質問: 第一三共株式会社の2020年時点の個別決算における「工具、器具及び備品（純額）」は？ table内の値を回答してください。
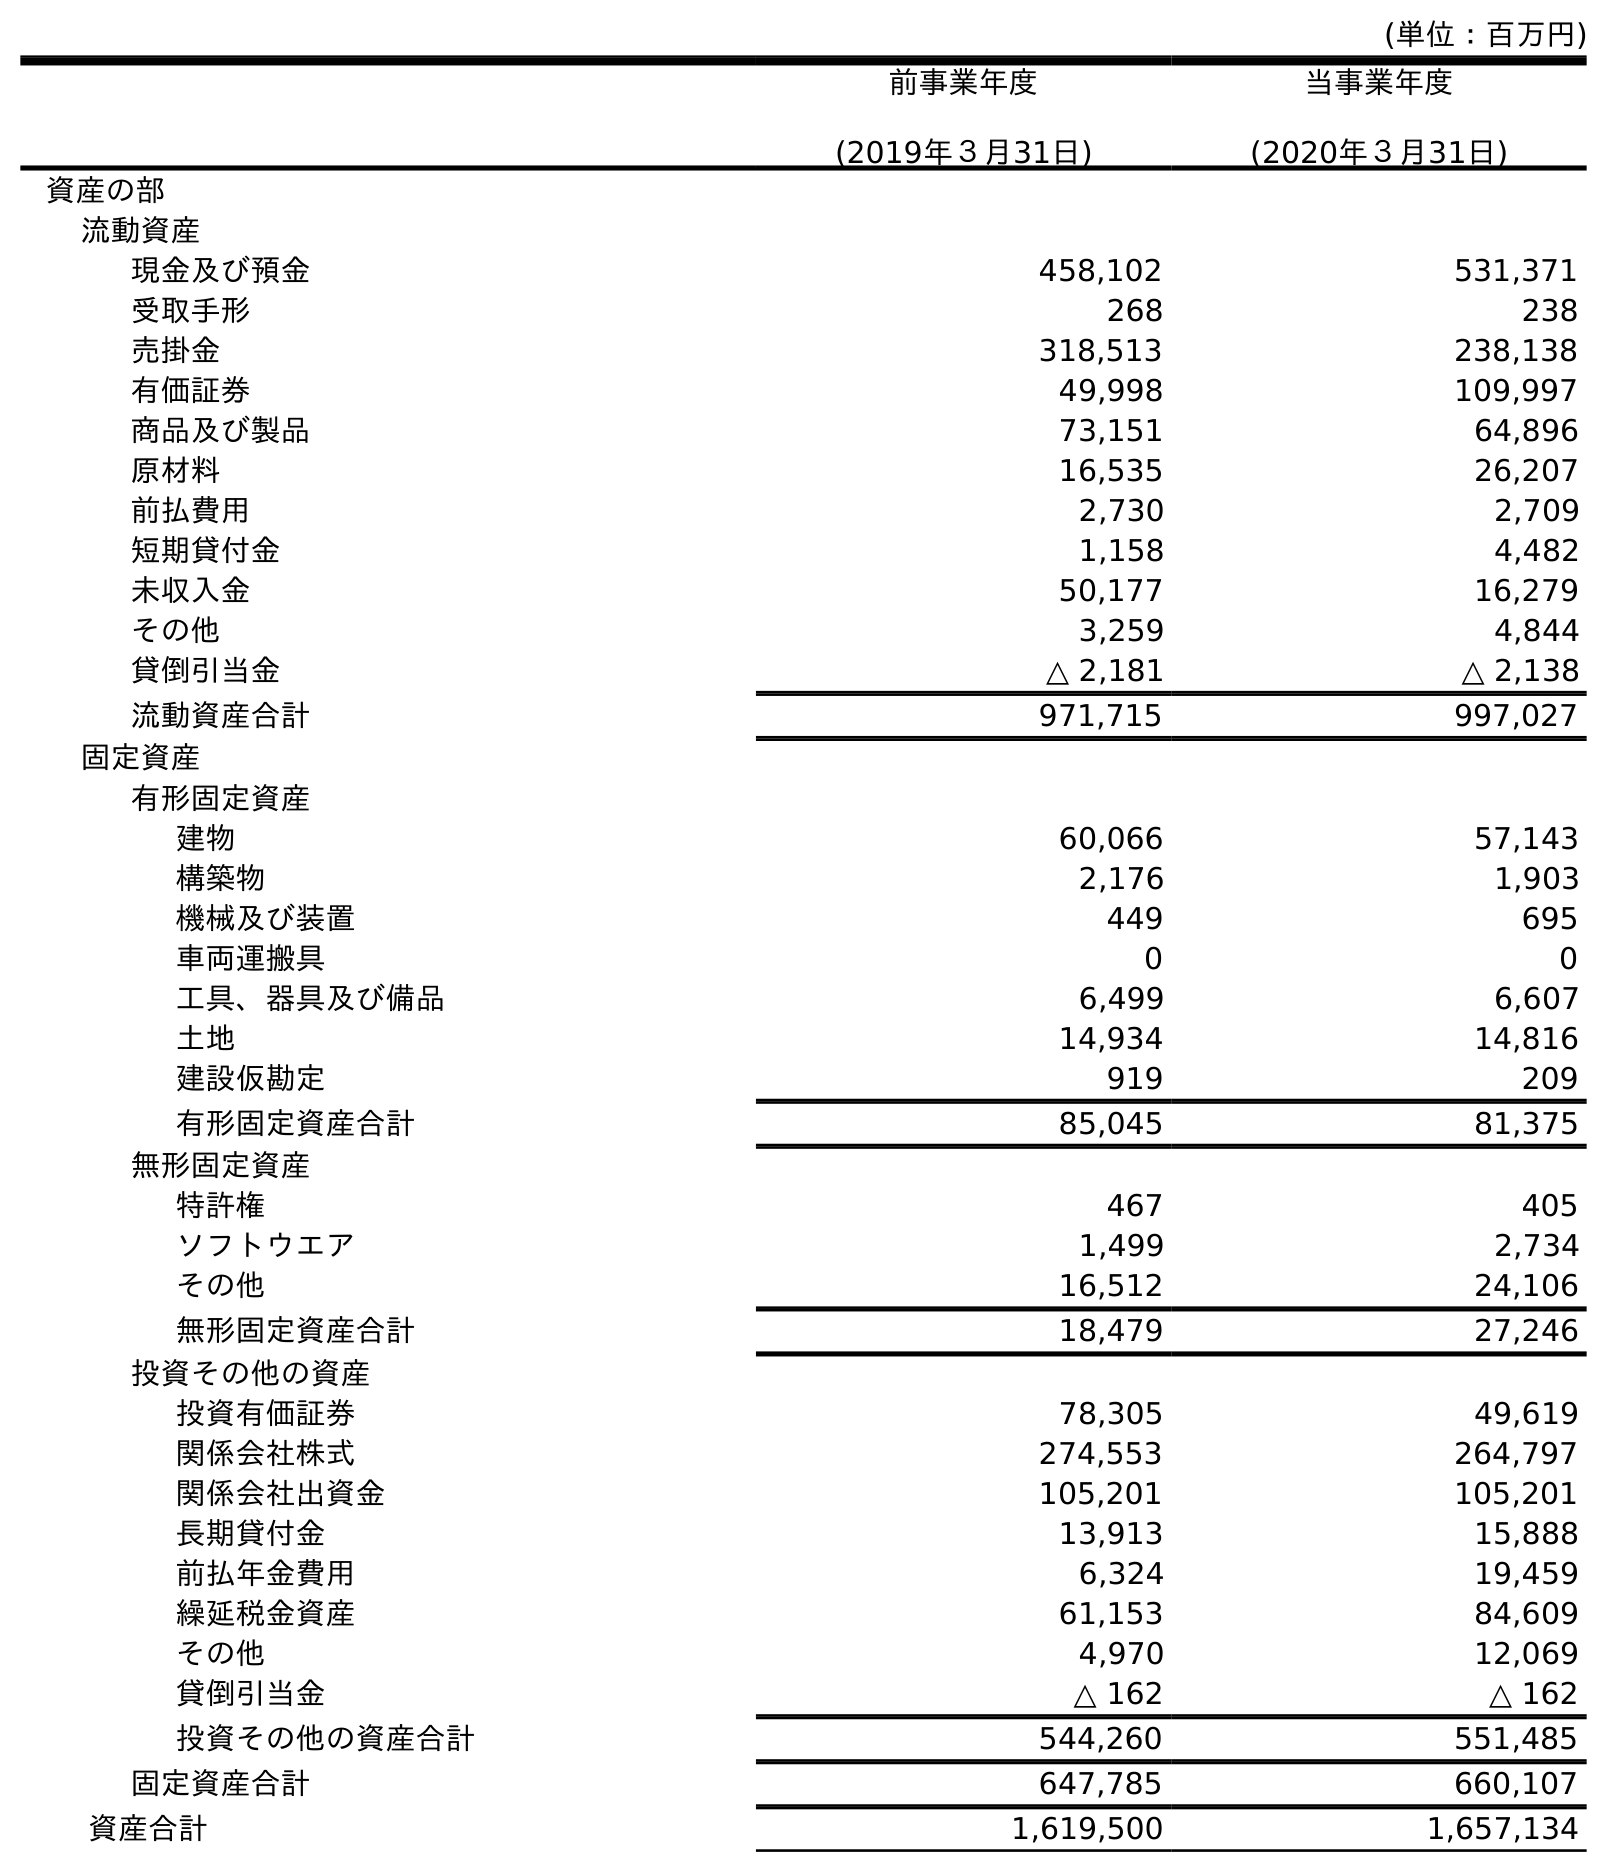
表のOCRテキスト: (単位：百万円) 前事業年度 (2019年３月31日) 当事業年度 (2020年３月31日) 資産の部 流動資産 現金及び預金 458,102 531,371 受取手形 268 238 売掛金 318,513 238,138 有価証券 49,998 109,997 商品及び製品 73,151 64,896 原材料 16,535 26,207 前払費用 2,730 2,709 短期貸付金 1,158 4,482 未収入金 50,177 16,279 その他 3,259 4,844 貸倒引当金 △ 2,181 △ 2,138 流動資産合計 971,715 997,027 固定資産 有形固定資産 建物 60,066 57,143 構築物 2,176 1,903 機械及び装置 449 695 車両運搬具 0 0 工具、器具及び備品 6,499 6,607 土地 14,934 14,816 建設仮勘定 919 209 有形固定資産合計 85,045 81,375 無形固定資産 特許権 467 405 ソフトウエア 1,499 2,734 その他 16,512 24,106 無形固定資産合計 18,479 27,246 投資その他の資産 投資有価証券 78,305 49,619 関係会社株式 274,553 264,797 関係会社出資金 105,201 105,201 長期貸付金 13,913 15,888 前払年金費用 6,324 19,459 繰延税金資産 61,153 84,609 その他 4,970 12,069 貸倒引当金 △ 162 △ 162 投資その他の資産合計 544,260 551,485 固定資産合計 647,785 660,107 資産合計 1,619,500 1,657,134
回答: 6,607